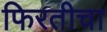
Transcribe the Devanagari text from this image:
फिरतीचा